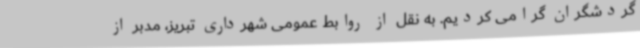
گردشگران گرامی کردیم. به نقل از روابط عمومی شهرداری تبریز، مدبر از